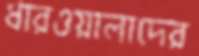
ধারওয়ালাদের